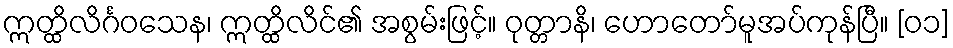
ဣတ္ထိလိင်္ဂဝသေန၊ ဣတ္ထိလိင်၏ အစွမ်းဖြင့်။ ဝုတ္တာနိ၊ ဟောတော်မူအပ်ကုန်ပြီ။ [၀၁]